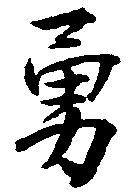
勇